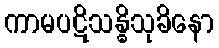
ကာမပဋိသန္ဓိသုခိနော